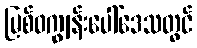
မြစ်ဝကျွန်းပေါ်ဒေသတွင်